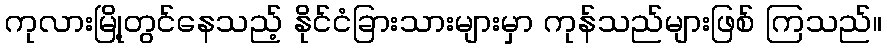
ကုလားမြို့တွင်နေသည့် နိုင်ငံခြားသားများမှာ ကုန်သည်များဖြစ် ကြသည်။